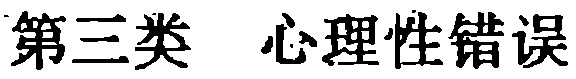
第三类 心理性错误